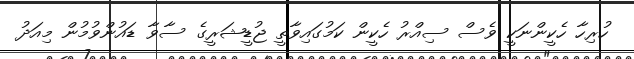
ހުރިހާ ހެކީންނަކީ ވެސް ސިއްރު ހެކީން ކަމުގައިވާތީ ޖުޑީޝަރީގެ ސާވާ ޑައުންވުމުން މިއަދު